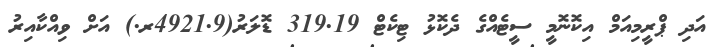
އަދި ޕްރީމިއަމް އިކޮނޮމީ ސީޓެއްގެ ދެކޮޅު ޓިކެޓް 319.19 ޑޮލަރު(4921.9ރ.) އަށް ވިއްކާއިރު